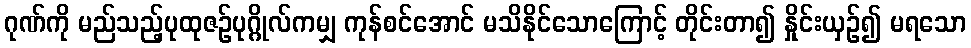
ဂုဏ်ကို မည်သည့်ပုထုဇဉ်ပုဂ္ဂိုလ်ကမျှ ကုန်စင်အောင် မသိနိုင်သောကြောင့် တိုင်းတာ၍ နှိုင်းယှဉ်၍ မရသော